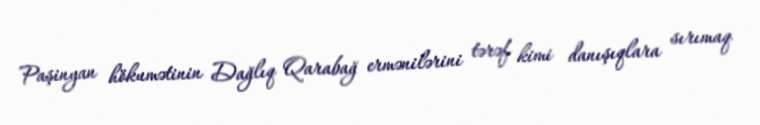
Paşinyan hökumətinin Dağlıq Qarabağ ermənilərini tərəf kimi danışıqlara sırımaq